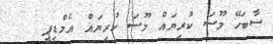
ސާބަހޭ މޫސަ ކުރިޔައް މޫސަ ކުރިޔައް އެމްޑީޕީ